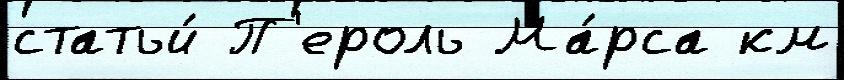
статьи́ П'ероль Ма́рса км